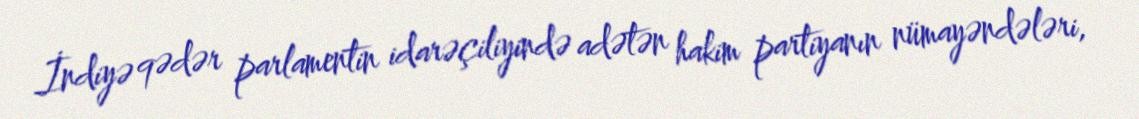
İndiyə qədər parlamentin idarəçiliyində adətən hakim partiyanın nümayəndələri,